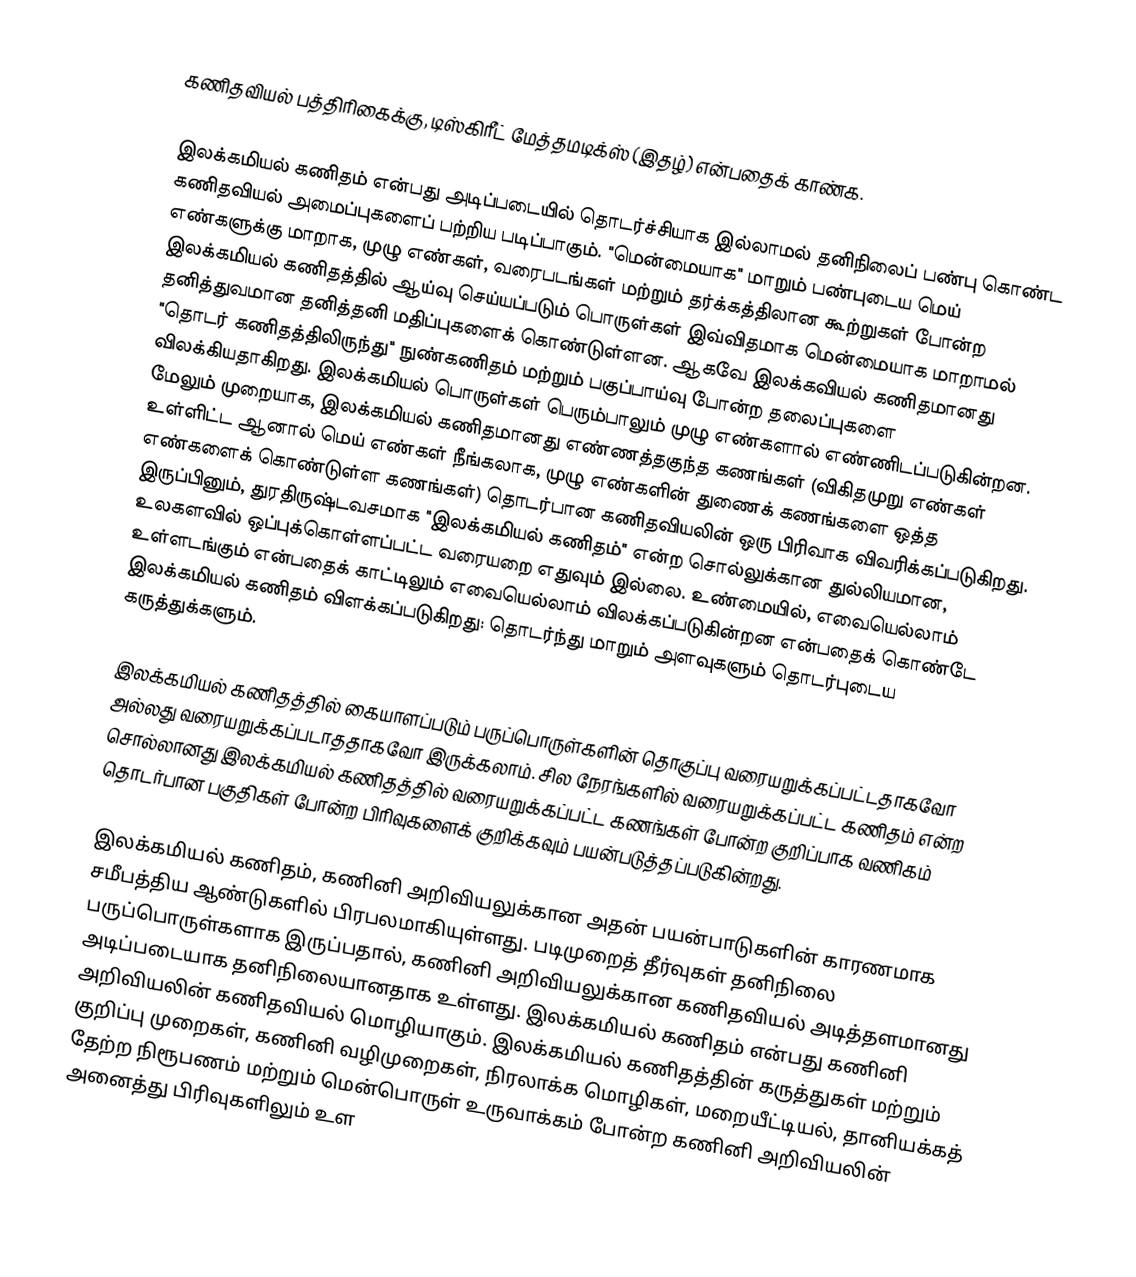
கணிதவியல் பத்திரிகைக்கு, டிஸ்கிரீட் மேத்தமடிக்ஸ் (இதழ்) என்பதைக் காண்க.

இலக்கமியல் கணிதம் என்பது அடிப்படையில் தொடர்ச்சியாக இல்லாமல் தனிநிலைப் பண்பு கொண்ட கணிதவியல் அமைப்புகளைப் பற்றிய படிப்பாகும். "மென்மையாக" மாறும் பண்புடைய மெய் எண்களுக்கு மாறாக, முழு எண்கள், வரைபடங்கள் மற்றும் தர்க்கத்திலான கூற்றுகள் போன்ற இலக்கமியல் கணிதத்தில் ஆய்வு செய்யப்படும் பொருள்கள்  இவ்விதமாக மென்மையாக மாறாமல் தனித்துவமான தனித்தனி மதிப்புகளைக் கொண்டுள்ளன. ஆகவே இலக்கவியல் கணிதமானது "தொடர் கணிதத்திலிருந்து" நுண்கணிதம் மற்றும் பகுப்பாய்வு போன்ற தலைப்புகளை விலக்கியதாகிறது. இலக்கமியல் பொருள்கள் பெரும்பாலும் முழு எண்களால் எண்ணிடப்படுகின்றன. மேலும் முறையாக, இலக்கமியல் கணிதமானது எண்ணத்தகுந்த கணங்கள் (விகிதமுறு எண்கள் உள்ளிட்ட ஆனால் மெய் எண்கள் நீங்கலாக, முழு எண்களின் துணைக் கணங்களை ஒத்த எண்களைக் கொண்டுள்ள கணங்கள்) தொடர்பான கணிதவியலின் ஒரு பிரிவாக விவரிக்கப்படுகிறது. இருப்பினும், துரதிருஷ்டவசமாக "இலக்கமியல் கணிதம்" என்ற சொல்லுக்கான துல்லியமான, உலகளவில் ஒப்புக்கொள்ளப்பட்ட வரையறை எதுவும் இல்லை. உண்மையில், எவையெல்லாம் உள்ளடங்கும் என்பதைக் காட்டிலும் எவையெல்லாம் விலக்கப்படுகின்றன என்பதைக் கொண்டே இலக்கமியல் கணிதம் விளக்கப்படுகிறது: தொடர்ந்து மாறும் அளவுகளும் தொடர்புடைய கருத்துக்களும்.

இலக்கமியல் கணிதத்தில் கையாளப்படும் பருப்பொருள்களின் தொகுப்பு வரையறுக்கப்பட்டதாகவோ அல்லது வரையறுக்கப்படாததாகவோ இருக்கலாம். சில நேரங்களில் வரையறுக்கப்பட்ட கணிதம் என்ற சொல்லானது இலக்கமியல் கணிதத்தில் வரையறுக்கப்பட்ட கணங்கள் போன்ற குறிப்பாக வணிகம் தொடர்பான பகுதிகள் போன்ற பிரிவுகளைக் குறிக்கவும் பயன்படுத்தப்படுகின்றது.

இலக்கமியல் கணிதம், கணினி அறிவியலுக்கான அதன் பயன்பாடுகளின் காரணமாக சமீபத்திய ஆண்டுகளில் பிரபலமாகியுள்ளது. படிமுறைத் தீர்வுகள் தனிநிலை பருப்பொருள்களாக இருப்பதால், கணினி அறிவியலுக்கான கணிதவியல் அடித்தளமானது அடிப்படையாக தனிநிலையானதாக உள்ளது. இலக்கமியல் கணிதம் என்பது கணினி அறிவியலின் கணிதவியல் மொழியாகும். இலக்கமியல் கணிதத்தின் கருத்துகள் மற்றும் குறிப்பு முறைகள், கணினி வழிமுறைகள், நிரலாக்க மொழிகள், மறையீட்டியல், தானியக்கத் தேற்ற நிரூபணம் மற்றும் மென்பொருள் உருவாக்கம் போன்ற கணினி அறிவியலின் அனைத்து பிரிவுகளிலும் உள